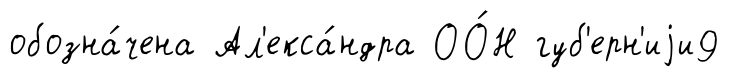
обозна́чена Ал'екса́ндра ОО́Н губ'ерн'иjи9